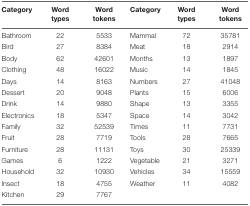
| Category | Word types | Word tokens | Category | Word types | Word tokens |
 | --- | --- | --- | --- | --- | --- |
 | Bathroom | 22 | 5533 | Mammal | 72 | 35781 |
 | Bird | 27 | 8384 | Meat | 18 | 2914 |
 | Body | 62 | 42601 | Months | 13 | 1897 |
 | Clothing | 48 | 16022 | Music | 14 | 1845 |
 | Days | 14 | 8163 | Numbers | 27 | 41048 |
 | Dessert | 20 | 9048 | Plants | 15 | 6006 |
 | Drink | 14 | 9880 | Shape | 13 | 3355 |
 | Electronics | 18 | 5347 | Space | 14 | 3042 |
 | Family | 32 | 52539 | Times | 11 | 7731 |
 | Fruit | 28 | 7719 | Tools | 28 | 7665 |
 | Furniture | 28 | 11131 | Toys | 30 | 25339 |
 | Games | 6 | 1222 | Vegetable | 21 | 3271 |
 | Household | 32 | 10930 | Vehicles | 34 | 15559 |
 | Insect | 18 | 4755 | Weather | 11 | 4082 |
 | Kitchen | 29 | 7767 |  |  |  |